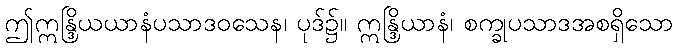
ဤဣန္ဒြိယယာနံပသာဒဝသေန၊ ပုဒ်၌။ ဣန္ဒြိယာနံ၊ စက္ခုပသာဒအစရှိသော